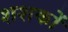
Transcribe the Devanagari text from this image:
शशकों